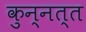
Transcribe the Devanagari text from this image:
कुन्नत्त